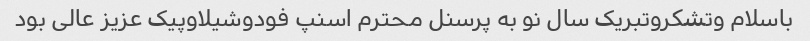
باسلام وتشکروتبریک سال نو به پرسنل محترم اسنپ فودوشیلاوپیک عزیز عالی بود